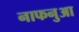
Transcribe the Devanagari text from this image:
नाफनुआ